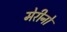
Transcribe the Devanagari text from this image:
मेरीनो